Statistical return of the lunatic asylum in Assam - 1912-1932
Year: 1912
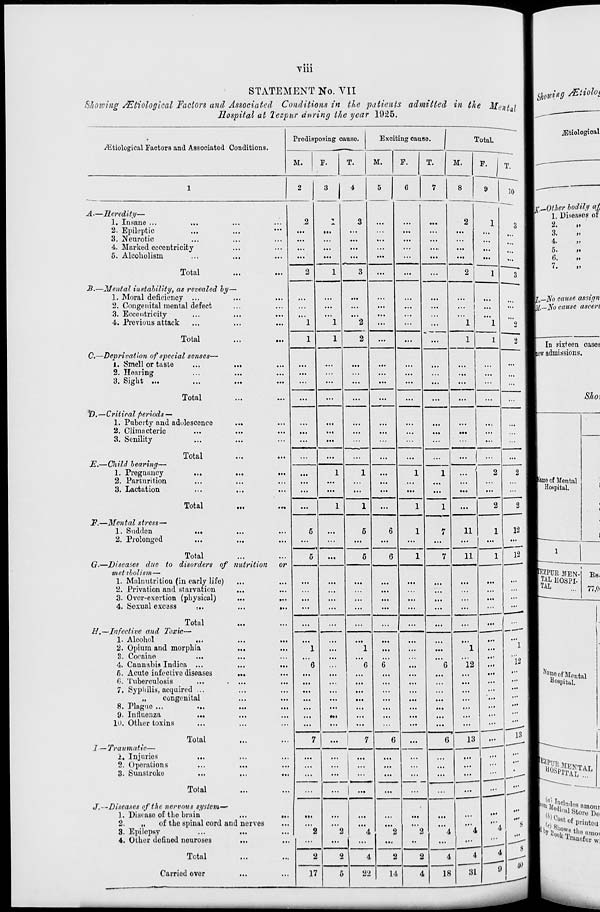
viii
STATEMENT No. VII
Showing sEtiological Factors and Associated Conditions in the patients admitted in the Menial
Hospital at lezpur during the year 1925.
shoving MiioUi
■^ ...
1
—— 1
jBtiological
•
Predisposing cause.
Exciting cause.
Total.
./Etiological Factors and Associated 1 conditions.
1
—*
M.
F.
T.
M.
F.
T.
M.
F.
9
T.
10
■
2
3 1 4
5
6
7
8
1
m'
Mc^Other bodily «i
A.—Her edit?/—
1
1. Diseases of
1. Insane ...
...
.2
JL.
3
...
...
...
2
1
3 1
2.
2. Epileptic
...
...
...
...
...
...
...
...
1
3.
3. Neurotic
...
...
...
...
...
...
...
a
4.
»
4. Marked eccentricity
...
...
...
...
...
...
....
...
1
5-
5. Alcoholism
...
...
...
...
...
...
...
...
3
1 6 '
Total
2
1
3
...
...
...
2
1
1
7.
B.—Mental instability, as revealed by-
1. Moral deficiency ...
...
...
...
...
...
...
...
ml.—No cause assign
2. Congenital mental defect
...
...
...
...
...
...
... I ...
...
MM.—No cause ascert
3. Eccentricity
...
• ••
i..
...
...
...
...
4. Previous attack
■••
...
1
1
2
...
...
..
■
1
1
2
2
1
1
2
1
1
Total
I
In sixteen cases
C.—Deprivation of special senses—
Biew admissions.
1. Smell or taste
...
...
...
...
...
...
...
2. Hearing
...
...
...
...
...
...
...
3. Sight ...
...
...
...
...
...
...
...
...
...
Total
...
...
...
...
...
...
...
...
...
I
Sho\
ID,—Critical periods —
1. Puberty and adolescence
• ••
...
...
2. Climacteric
...
...
...
...
...
...
...
...
...
...
...
3. Senility
Total
...
JL.— Child hearing—
i
1. Pregnancy
...
...
...
1
1
...
1
1
...
2
2
2. Parturition
■amoof Mental
3. Lactation
Ml
...
...
...
...
...
...
...
...
...
2
m Hospital.
Total
...
1
1
...
1
1
...
2
!
JF.—Mental stress—
1. Sudden
...
,,,
...
5
5
6
1
7
11
1
12
2. Prolonged
nutrition
or
...
...
...
...
...
...
...
...
12 I
1
Total
G-—Diseases due to disorders of
metabolism—
5
...
5
6
1
7
11
1
■EZPUR MEN- Bs.
1. Malnutrition (in early life)
...
...
...
... ■jgBOSPI.
2. Privation and starvation
...
...
77,0
3. Over-exevtion (physical)
4. Sexual excass
: ..
...
...
...
...
...
...
...
...
...
... nr
Total
•
H.—Infective and Toxic—
1. Alcohol
...
...
...
2. Opium and morphia
...
...
1
■ ••
1 1 ...
...
1
...
1
3. Cocaine
...
Ml
"12
4. Cammbis Indica ...
...
6
6
6
6
12
...
5. Acute infective diseases
...
...
...
...
...
• ••
...
...
■ Nome of Mental
0. Tuberculosis
...
...
...
• . .
...
...
...
...
...
■
Hospital.
7. Syphilis, acquired ...
...
...
...
...
...
■■ •
...
...
„
congenital
...
...
...
...
...
...
• ••
...
...
...
...
8. Plague ...
...
...
...
...
...
• •<
...
...
9- Intluenza
...
...
t.<
...
...
10. Other toxins
...
...
...
...
...
...
...
13
Total
7
7
G
...
G
13
I — Traumatic—
i. Injuries
...
...
...
...
1 SP«
2. Operations
3. Sunstroke
...
...
...
...
:::
...
...
...
...
... J.^
Total
...
...
...
...
...
...
...
...
■-^
1
" " "
J.- -Diseases of the nervous system—
■ (« ,°8 tof P>-intou
1. Disease of the brain
•••
...
...
...
• ••
2.
„
of the spinal cord and nerves
...
...
...
...
...
...
...
'"4
8
3. Epilepsy
...
...
2
2
4
2
2
4
4
4. Other defined neuroses
...
...
...
...
...
...
• •
...
4
31
9
8
Total
2
2
4
2
2
4
Carriod over
17
5
22
M
4
18